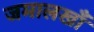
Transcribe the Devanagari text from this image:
जमालखाँ